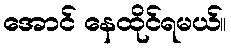
အောင် နေထိုင်ရမယ်။